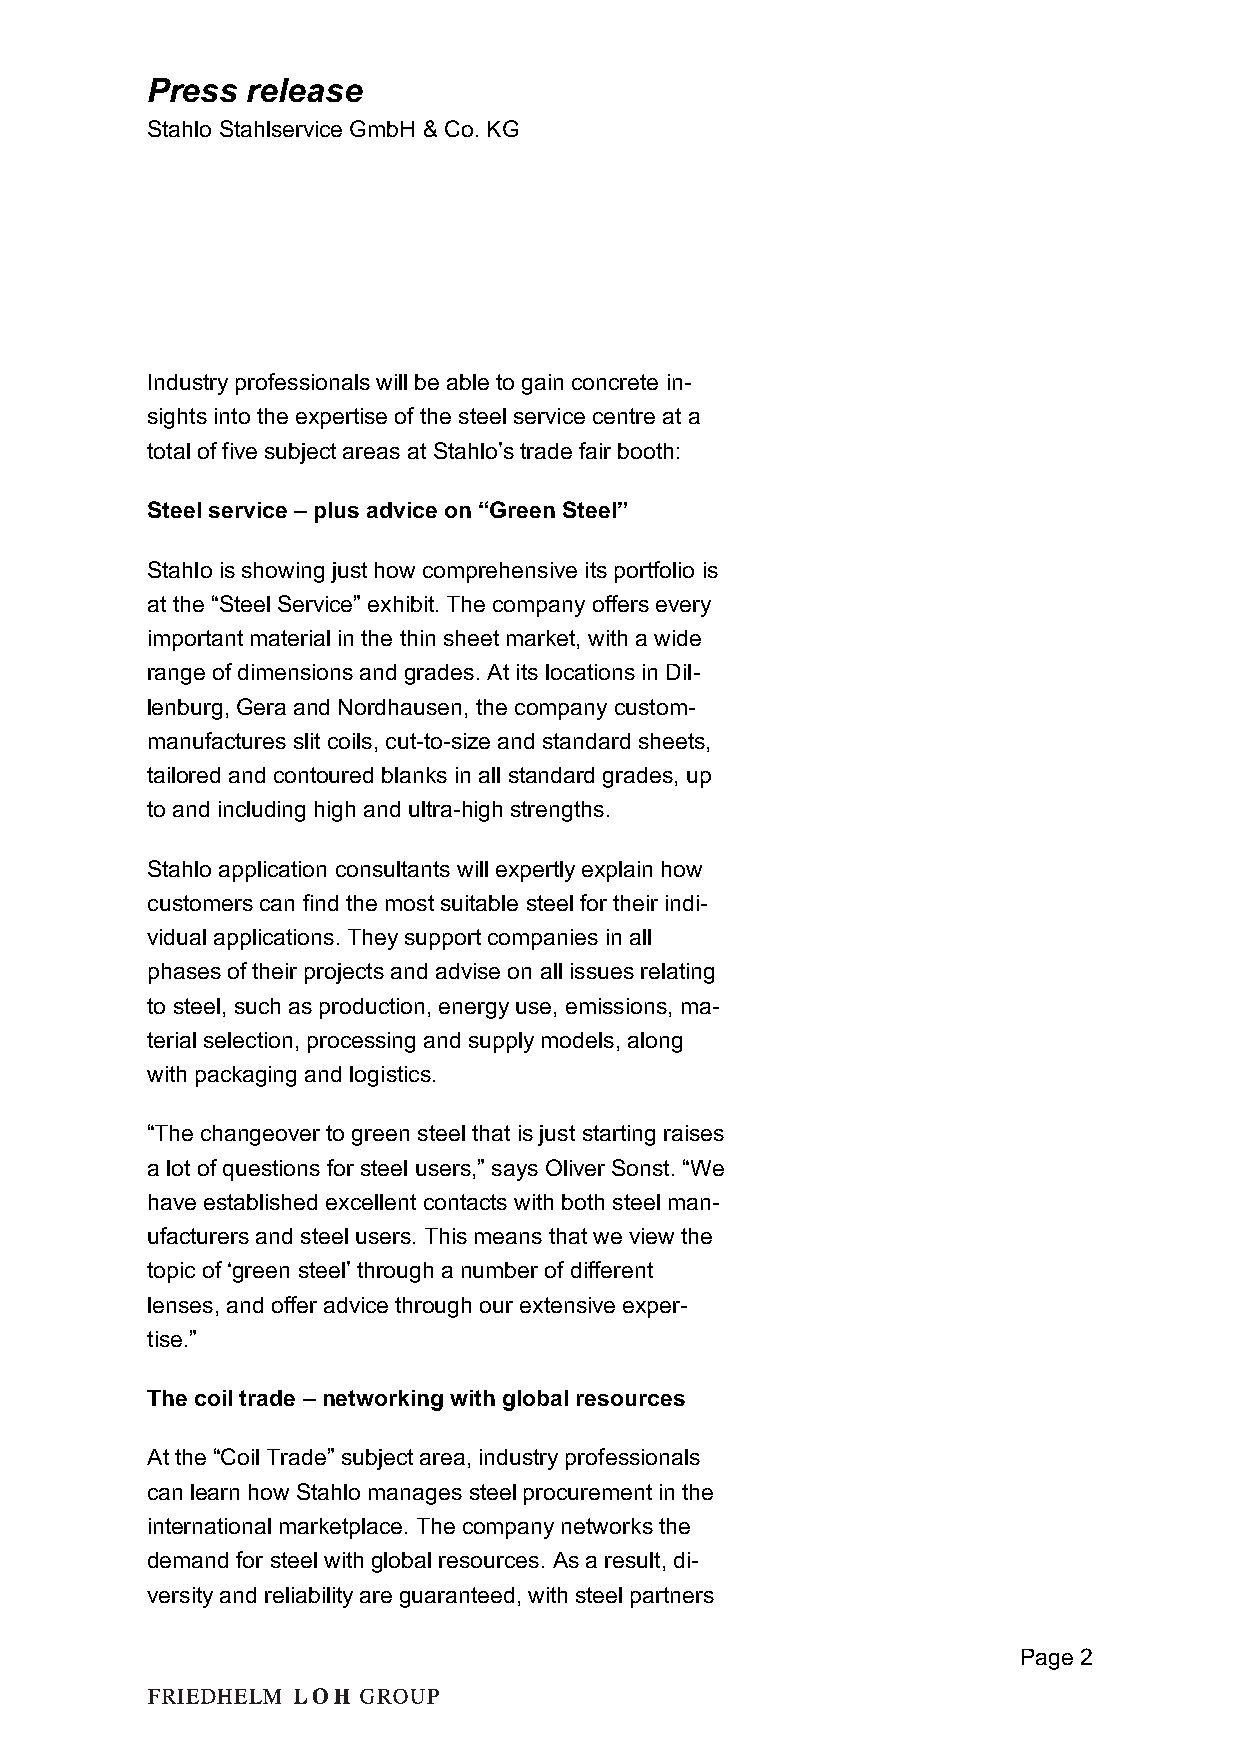
Press release
 Stahlo Stahlservice GmbH & Co. KG
 Industry professionals will be able to gain concrete in-
 sights into the expertise of the steel service centre at a
 total of five subject areas at Stahlo’s trade fair booth:
 Steel service – plus advice on “Green Steel”
 Stahlo is showing just how comprehensive its portfolio is
 at the “Steel Service” exhibit. The company offers every
 important material in the thin sheet market, with a wide
 range of dimensions and grades. At its locations in Dil-
 lenburg, Gera and Nordhausen, the company custom-
 manufactures slit coils, cut-to-size and standard sheets,
 tailored and contoured blanks in all standard grades, up
 to and including high and ultra-high strengths.
 Stahlo application consultants will expertly explain how
 customers can find the most suitable steel for their indi-
 vidual applications. They support companies in all
 phases of their projects and advise on all issues relating
 to steel, such as production, energy use, emissions, ma-
 terial selection, processing and supply models, along
 with packaging and logistics.
 “The changeover to green steel that is just starting raises
 a lot of questions for steel users,” says Oliver Sonst. “We
 have established excellent contacts with both steel man-
 ufacturers and steel users. This means that we view the
 topic of ‘green steel’ through a number of different
 lenses, and offer advice through our extensive exper-
 tise.”
 The coil trade – networking with global resources
 At the “Coil Trade” subject area, industry professionals
 can learn how Stahlo manages steel procurement in the
 international marketplace. The company networks the
 demand for steel with global resources. As a result, di-
 versity and reliability are guaranteed, with steel partners
 Page 2